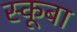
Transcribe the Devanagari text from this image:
स्‍कूबा